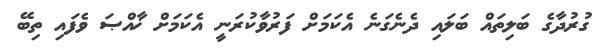
ގުރުދާގެ ބަލިތައް ބަލައި ދެނެގަނެ އެކަމަށް ފަރުވާކުރަނީ އެކަމަށް ޚާއްޞަ ވެފައި ތިބޭ